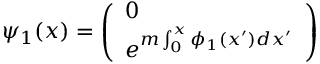
\psi _ { 1 } ( x ) = \left( \begin{array} { l } { { 0 } } \\ { { e ^ { m \int _ { 0 } ^ { x } \phi _ { 1 } ( x ^ { \prime } ) d x ^ { \prime } } } } \end{array} \right)